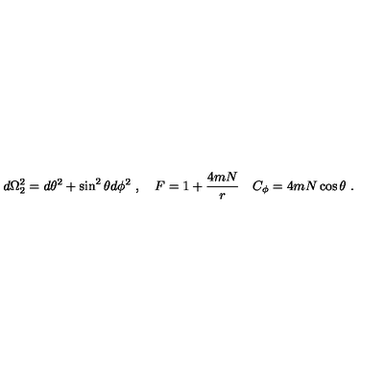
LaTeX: d \Omega _ { 2 } ^ { 2 } = d \theta ^ { 2 } + \sin ^ { 2 } \theta d \phi ^ { 2 } \ , \quad F = 1 + { \frac { 4 m N } { r } } \quad C _ { \phi } = 4 m N \cos \theta \ .